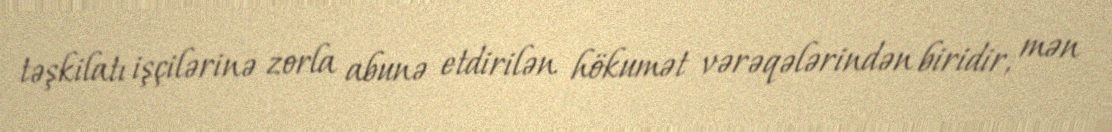
təşkilatı işçilərinə zorla abunə etdirilən hökumət vərəqələrindən biridir, mən